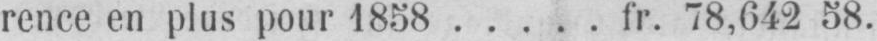
rence en plus pour 1858..... fr. 78,642 58.